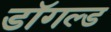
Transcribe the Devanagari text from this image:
डॉगल्ड